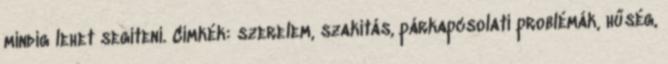
mindig lehet segíteni. Címkék: szerelem, szakítás, párkapcsolati problémák, hűség,